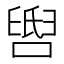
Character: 𬛺